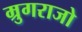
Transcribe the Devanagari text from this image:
म्रुगराजो